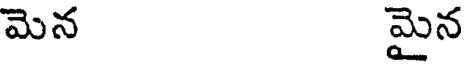
మెన మైన